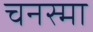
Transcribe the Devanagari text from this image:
चनस्मा